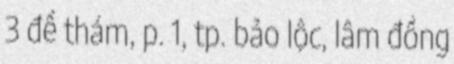
3 đề thám, p. 1, tp. bảo lộc, lâm đồng